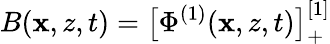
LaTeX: B(\mathbf{x},z,t)=\big[\Phi^{(1)}(\mathbf{x},z,t)\big]_{+}^{[1]}